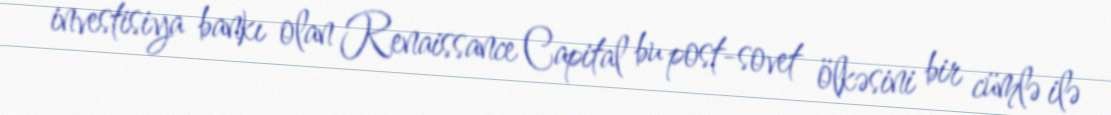
investisiya bankı olan Renaissance Capital bu post-sovet ölkəsini bir cümlə ilə